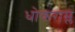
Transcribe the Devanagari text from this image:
धोकराम्ल